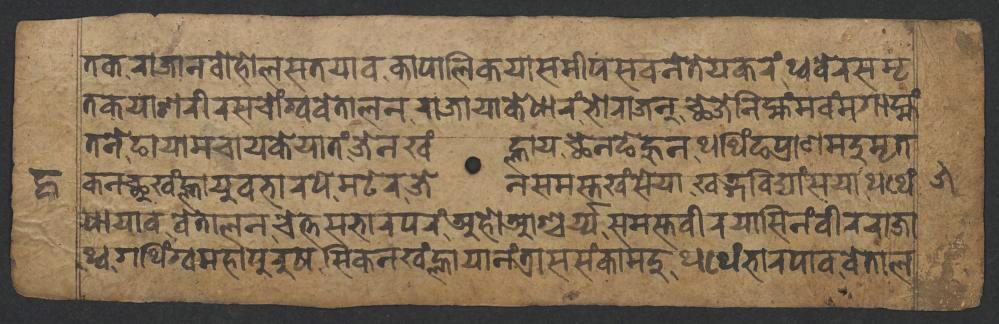
𑐟𑐎𑐬𑐵𑐖𑐵𑐣𑐧𑑀𑐴𑑀𑐮𑐳𑐟𑐫𑐵𑐰𑐎𑐵𑐥𑐵𑐮𑐶𑐎𑐫𑐵𑐳𑐩𑐷𑐥𑐳𑐰𑐣𑐾𑐟𑐾𑐫𑐎𑐬𑑄𑐠𑑂𑐰𑐧𑐾𑐬𑐳𑐩𑐺 𑐟𑐎𑐫𑐵𑐱𑐬𑐷𑐬𑐳𑐔𑑀𑑄𑐐𑑂𑐰𑐰𑐾𑐟𑐵𑐮𑐣𑐬𑐵𑐖𑐵𑐫𑐵𑐎𑐾𑐢𑐵𑐬𑑄𑐨𑑀𑐬𑐵𑐖𑐣𑑂𑐕𑐾𑐖𑐾𑐣𑐶𑐩𑑂𑐴𑑄𑐩𑐰𑑄𑐩𑐐𑐵𑐩𑑂𑐴𑑄 𑐟𑐣𑐾𑐒𑐵𑐫𑐵𑐩𑐔𑐵𑐫𑐎𑐾𑐫𑐵𑐟𑑄𑐖𑐾𑐣𑐏𑑄𑐮𑑂𑐴𑐵𑐫𑐕𑐾𑐣𑐒𑐾𑐴𑐸𑐣𑐠𑐠𑐶𑑄𑐒𑐥𑑂𑐬𑐵𑐞𑐩𑐡𑐸𑐩𑐺𑐟 𑐢𑐵𑐫𑐵𑐰𑐰𑐾𑐟𑐵𑐮𑐣𑐔𑐾𑐟𑑂𑐟𑐳𑐨𑐵𑐬𑐥𑐬𑑄𑐀𑐴𑑀𑐁𑐱𑑂𑐔𑐬𑑂𑐫𑐳𑐩𑐳𑑂𑐟𑐰𑐷𑐬𑐫𑐵𑐳𑐶𑐣𑑄𑐰𑐷𑐬𑐬𑐵𑐖𑐵 𑐎𑐣𑐕𑐸𑐏𑑄𑐮𑑂𑐴𑐵𑐫𑐸𑐰𑐨𑐵𑐬𑐥𑐾𑐩𑐚𑐾𑐬𑐖𑐾𑐣𑐳𑐩𑐳𑑂𑐟𑐏𑑄𑐳𑐾𑐫𑐵𑐏𑐜𑑂𑐐𑐧𑐶𑐡𑑂𑐫𑐵𑑄𑐳𑐫𑐵𑐠𑐠𑐾𑑄 𑐠𑑂𑐰𑐐𑐠𑐶𑑄𑐐𑑂𑐰𑐩𑐴𑐵𑐥𑐸𑐬𑐸𑐲𑐳𑐶𑐎𑐣𑐏𑑄𑐮𑑂𑐴𑐵𑐫𑐵𑐣𑑄𑐟𑑂𑐬𑐵𑐳𑐳𑑄𑐎𑐵𑐩𑐡𑐸𑐠𑐠𑐾𑑄𑐨𑐵𑐬𑐥𑐵𑐰𑐰𑐾𑐟𑐵𑐮